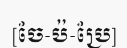
[ចែ-ប៉-ប្រែ]